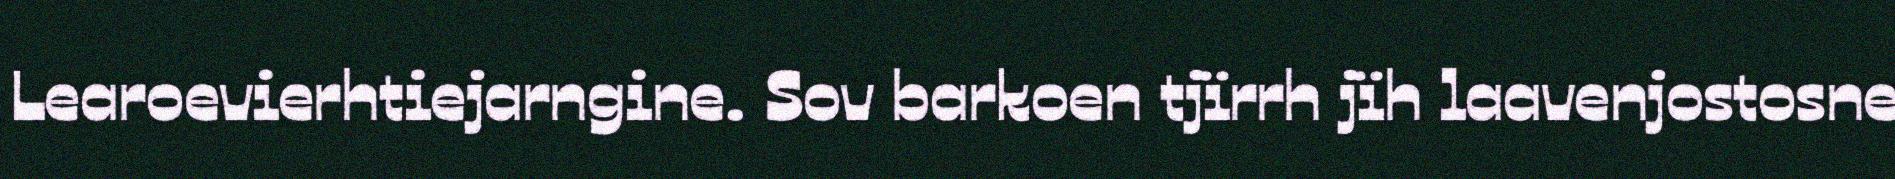
Learoevierhtiejarngine. Sov barkoen tjïrrh jïh laavenjostosne